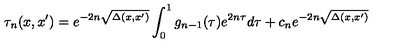
\tau _ { n } ( x , x ^ { \prime } ) = e ^ { - 2 n \sqrt { \Delta ( x , x ^ { \prime } ) } } \int _ { 0 } ^ { 1 } g _ { n - 1 } ( \tau ) e ^ { 2 n \tau } d \tau + c _ { n } e ^ { - 2 n \sqrt { \Delta ( x , x ^ { \prime } ) } }